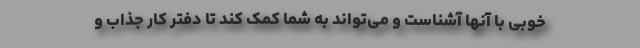
خوبی با آنها آشناست و می‌تواند به شما کمک کند تا دفتر کار جذاب و